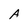
Character: A